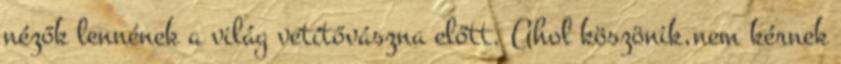
nézők lennének a világ vetítővászna előtt. Ahol köszönik,nem kérnek